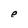
Character: e